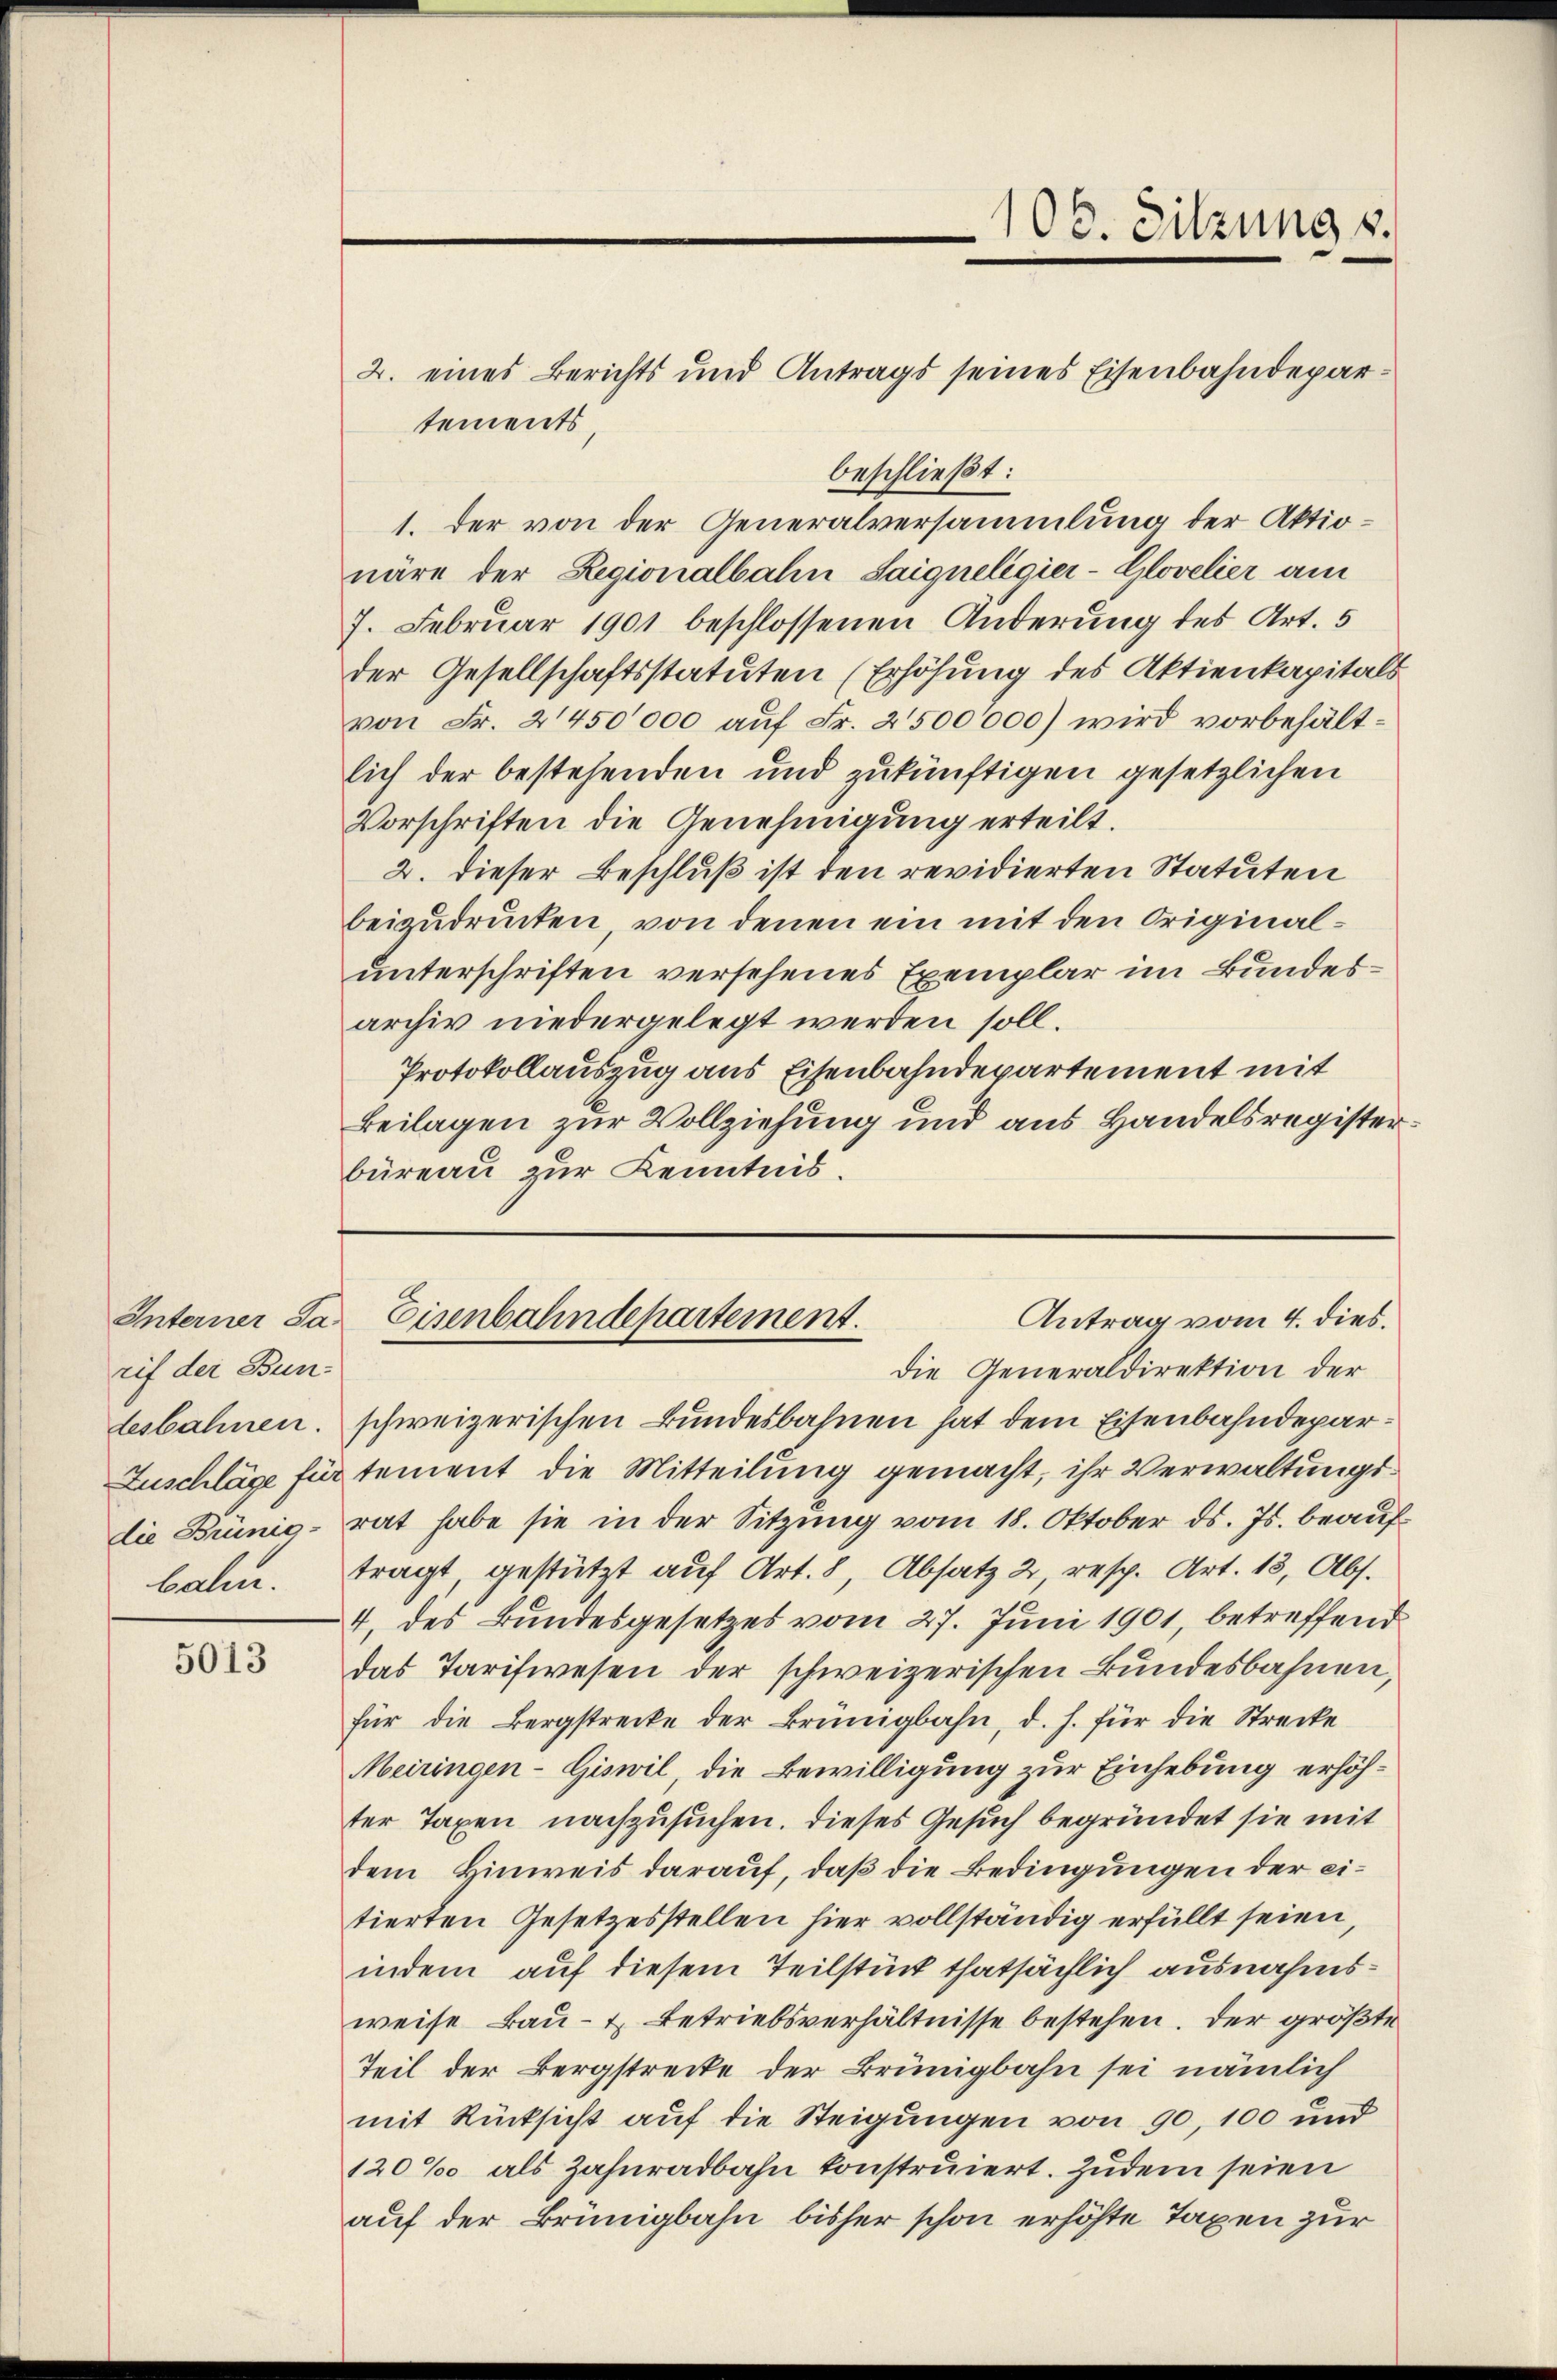
Interner Sa
rif der Bundesbahnen.

5013

2. eines Berichts und Antrags seines Eisenbahndepartements
beschließt:
1. der von der Generalversammlung der Aktionäre der Regionalbahn Saigneligier-Glovelier am
7. Februar 1901 beschlossenen Änderung des Art. 5
der Gesellschaftsstatuten (Erhöhung des Aktienkapitals
von Fr. 2450000 auf Fr. 2500000) wird vorbehältlich der bestehenden und zukünftigen gesetzlichen
Vorschriften die Genehmigung erteilt.
2. dieser Beschluß ist den revidierten Statuten
beizudrücken, von denen ein mit den Originalunterschriften versehenes Exemplar im Bundesarchiv niedergelegt werden soll.
Protokollauszug aus Eisenbahndepartement mit
Beilagen zur Vollziehung und aus Handelsregisterbüreau zur Kenntnis.

schweizerischen Bundesbahnen hat dem Eisenbahndepar¬
Zuschläge für tement die Mitteilung gemacht, ihr Verwaltungsdie Brünig-rat habe sie in der Sitzung vom 18. Oktober ds. Js. beaufbahn. Tragt, gestützt auf Art. 8, Absatz 2 resp. Art. 13, Abs.
4. des Bundesgesetzes vom 27. Juni 1901, betreffend
das Tarifwesen der schweizerischen Bundesbahnen,
für die Bergstrecke der Brüngbahn, d. h. für die Strecke
Meiringen-Giswil die Bewilligung zur Einhebung erhöhter Taxen nachzusuchen. Dieses Gesuch begründet sie mit
dem Hinweis darauf, daß die Bedingungen der eitierten Gesetzesstellen hier vollständig erfüllt seien,
indem auf diesem Teilstück thatsächlich ausnahmsweise Bau- & Betriebsverhältnisse bestehen. Der größte
Teil der Bergstrecke der Brünigbahn sei nämlich
mit Rücksicht auf die Steigungen von 90, 100 und
120‰ als Zahnradbahn konstruiert. Zudem seien
auf der Brünigbahn bisher schon erhöhte Taxen zur

108. Sitzung v.

Antrag vom 4. dies.
Eisenbahndepartement.
Die Generaldirektion der